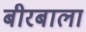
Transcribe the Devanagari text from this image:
बीरबाला